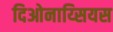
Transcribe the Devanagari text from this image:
दिओनाय्सियस